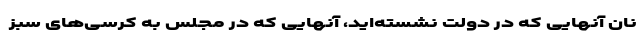
نان آنهایی که در دولت نشسته‌اید، آنهایی که در مجلس به کرسی‌های سبز